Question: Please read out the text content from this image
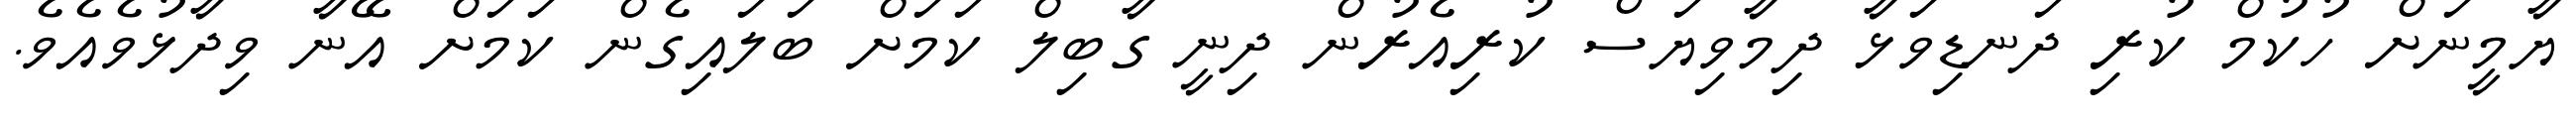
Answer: ޔާމީނަށް ހުކުމް ކުރި ދަނޑިވަޅާ ދިމާވިޔަސް ކުރިއެރުން ދިނީ ގާބިލް ކަމަށް ބަލައިގެން ކަމަށް އޭނާ ވިދާޅުވެއެވެ.